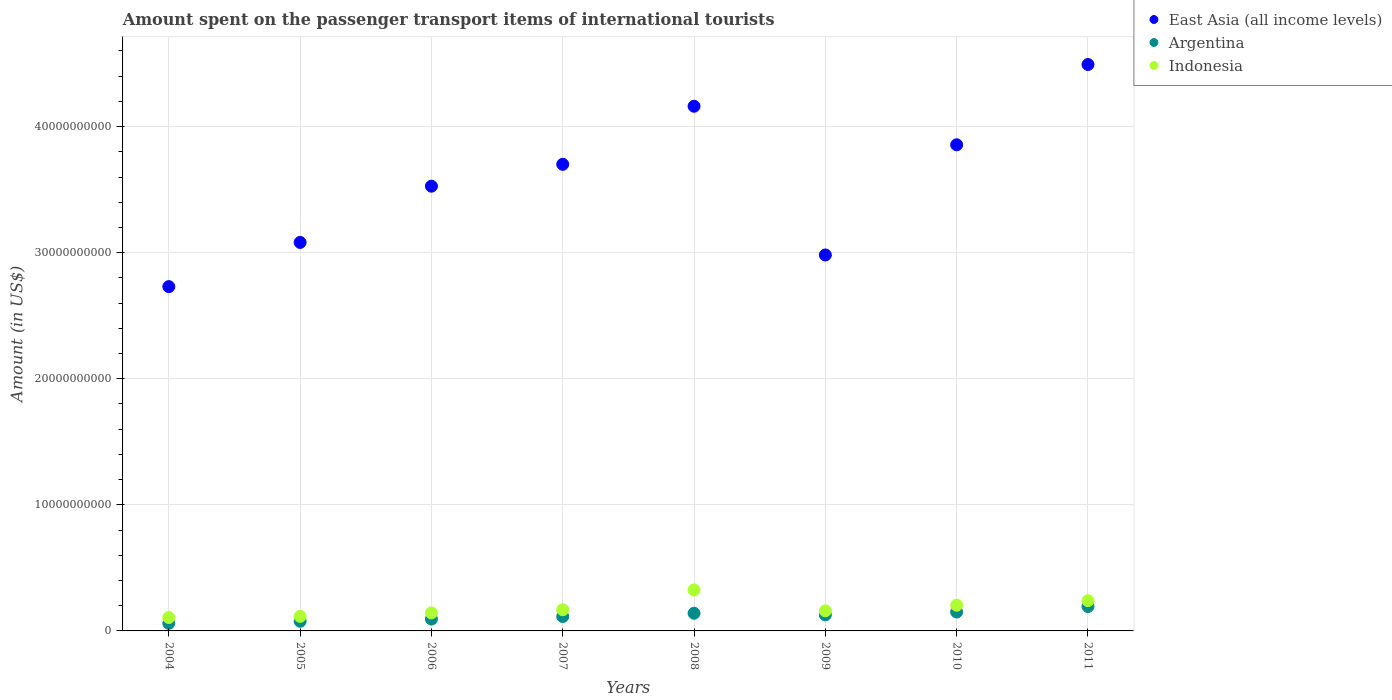
| Years | East Asia (all income levels) | Argentina | Indonesia |
 | --- | --- | --- | --- |
 | 2004 | 2.73e+10 | 6.04e+08 | 1.06e+09 |
 | 2005 | 3.08e+10 | 7.64e+08 | 1.16e+09 |
 | 2006 | 3.53e+10 | 9.39e+08 | 1.43e+09 |
 | 2007 | 3.7e+10 | 1.14e+09 | 1.67e+09 |
 | 2008 | 4.16e+10 | 1.4e+09 | 3.25e+09 |
 | 2009 | 2.98e+10 | 1.27e+09 | 1.59e+09 |
 | 2010 | 3.86e+10 | 1.5e+09 | 2.04e+09 |
 | 2011 | 4.49e+10 | 1.94e+09 | 2.4e+09 |